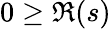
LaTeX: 0\geq\Re(s)